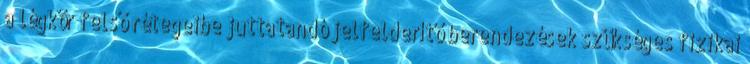
a légkör felső rétegeibe juttatandó jelfelderítő berendezések szükséges fizikai